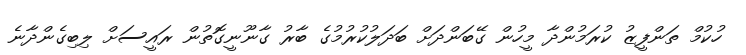
ހުކުމް ތަންފީޒު ކުރަމުންދާ މީހުން ގޭބަންދަށް ބަދަލުކުރުމުގެ ބާރު ގާނޫނީގޮތުން ރައީސަށް ލިބިގެންދާނެ